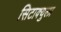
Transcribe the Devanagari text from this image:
सिटाक्युला